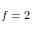
f = 2